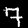
Label: 7